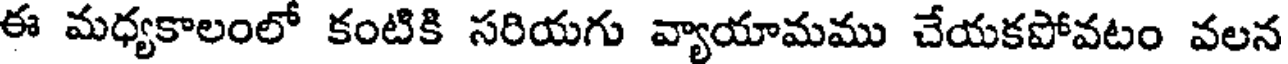
ఈ మధ్యకాలంలో కంటికి సరియగు వ్యాయామము చేయకపోవటం వలన